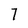
Character: 7